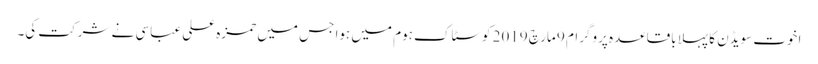
اخوت سویڈن کا پہلا باقاعدہ پروگرام 9 مارچ 2019 کوسٹاک ہوم میں ہوا جس میں حمزہ علی عباسی نے شرکت کی۔